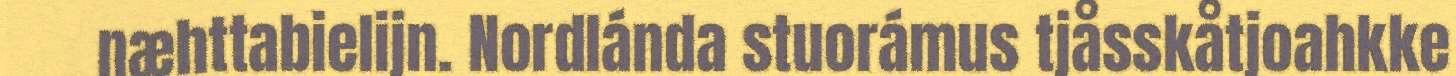
næhttabielijn. Nordlánda stuorámus tjåsskåtjoahkke